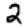
Digit: 2